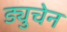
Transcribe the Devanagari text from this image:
ड्युचेन